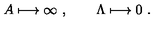
A \longmapsto \infty \ , \qquad \Lambda \longmapsto 0 \ .